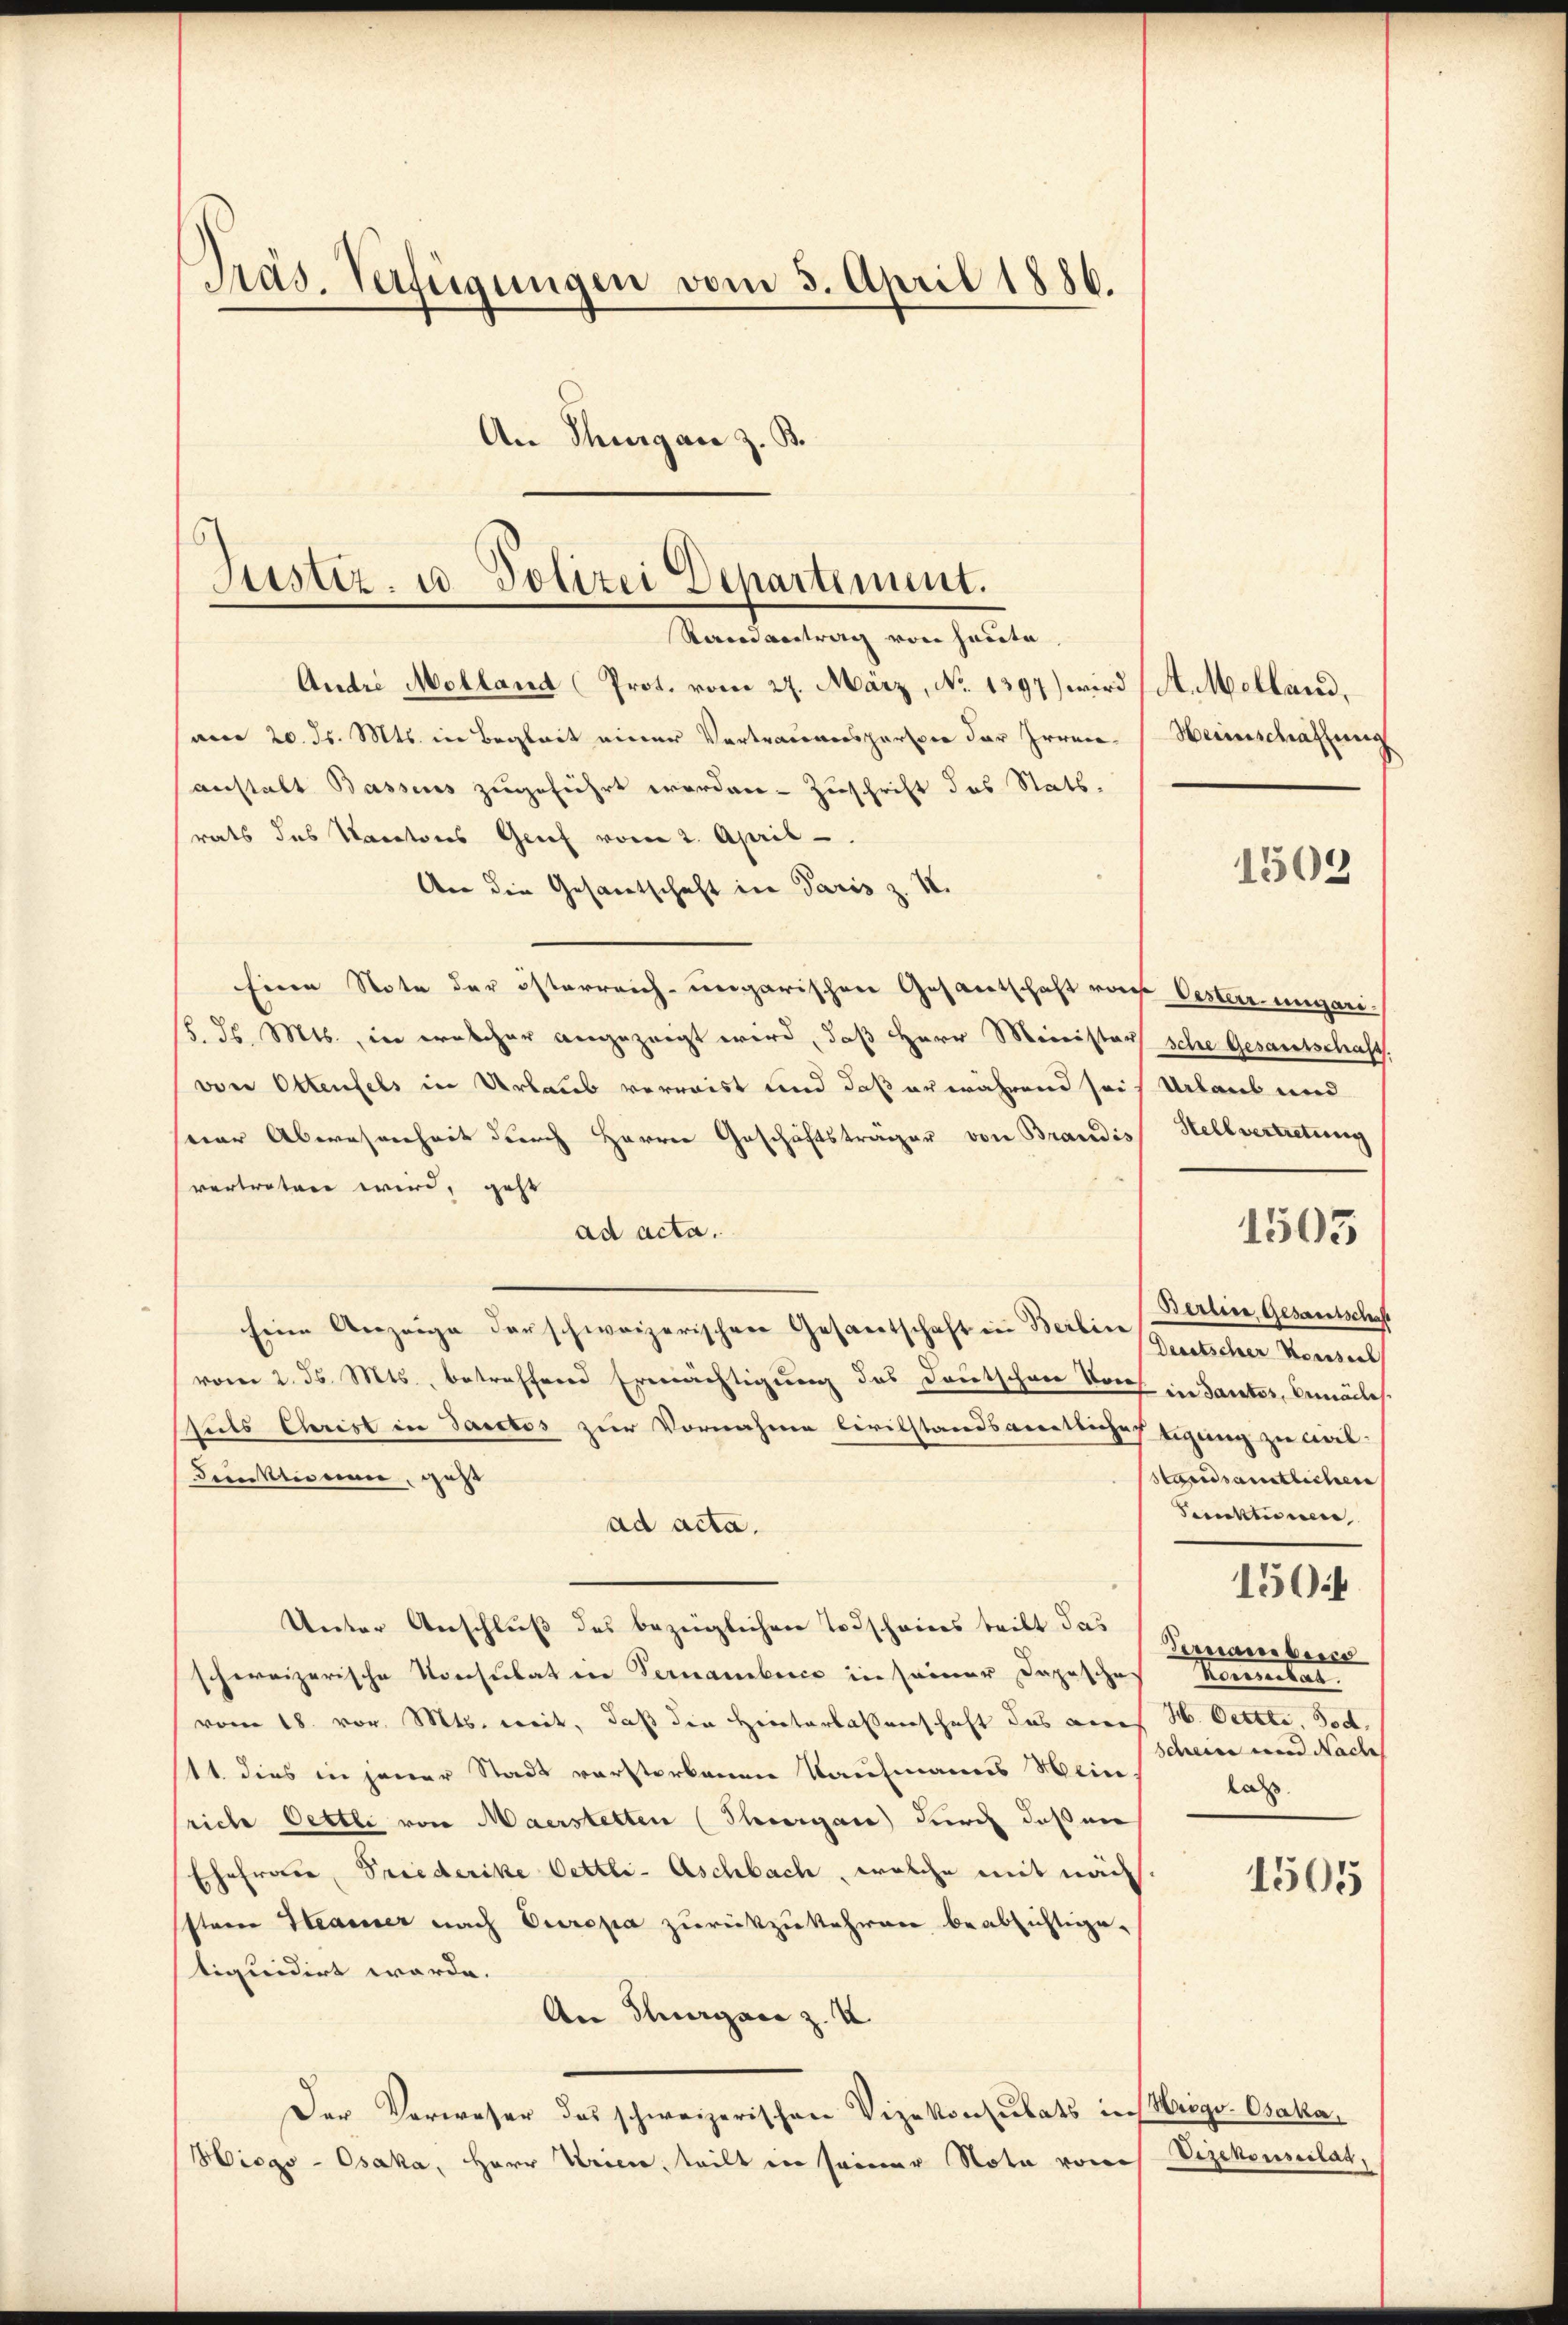
Präs. Verfügungen vom 3. April 1886.
An Thurgan z. B.

Justiz- u. Polizei Departement.
Rerordvertrag von heute

Andri Molland Prot. vom 27. März, No 1397) wird (St. Molland,
am 20. ds. Mts. in Begleit einer Vertrauensperson der Irren Heimschaffung
anstalt Bassens zugeführt worden. Zuschrift des Stats.
rats das Karatores Grief vom 2. April
An die Gesantschaft in Paris z. II.
Einen Note der österreich-ungarischen Gesantschaft von Oester ungari-
18. d. Mts., in welcher angezeigt wird, daß Herr Minister sche Gesantschaft.
von Ottenfels in Urlaub verreist und daß er während sei Urlaub und
der Abwesenheit durch Herren Geschäftsträger von Brandis Hellvertretung
vertreten wird, geht
ad acta.
seine Anzeige der schweizerischen Gesandtschaft in Berlin Gutscher Konsens
vom 2. ds. Mts., betreffend Ermächtigung des Deutschwer doch in Sanatos, Canales
tuls Christ in Sanctos zur Vornahme Civilstandsamtlicheftigung zu ant-
Funktionen, geht
ad acta.
Unter Anschluß des bezüglichen Todschaiers teilt das
Arnamberg
schweizerische Konsulat in Fernambence in seiner Depesches
Morelat
vom 18. vor. Mts. weit, daß die Hinterlassenschaft das Lores H. Cettte, Tod.
Scheine und Nach
11. dies in jener Stadt verstorbenen Kaufmanns Wein-
las
riche Oettle von Maerstetten (Thiergane durch dassen
Ehefrau, Friederike Oettli- Aschbach, welche mit nach
ssten Haarer nach Europa zurückzukehren beabsichtige.
tiquidirt werde.
An Thurgane z. V
Der Verweser das schweizerischen Vizekonsulats in Krigo-Osaka¬
Hiogo-Osaka, Herr Vries, teilt in seiner Nota von Vizekonsilat,

1505

Sanktionen,

1503

150

Berlin, Gesandtschaft
standsamtlichen

1505